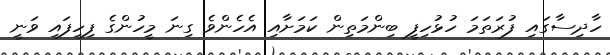
ހާދިސާގައި ފުރަތަމަ ހުޅުހިފީ ބިންމަތިން ކަމަށާއި އެހެންވެ ގިނަ މީހުންގެ ފިހިފައި ވަނީ